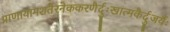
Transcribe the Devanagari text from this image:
प्राणायामशतैरनेककरणैर्दुःखात्मकैर्दुजर्यैः